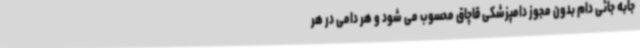
جابه جائی دام بدون مجوز دامپزشکی قاچاق محسوب می شود و هر دامی در هر